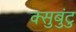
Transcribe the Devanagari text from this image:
क्सुबुंटु